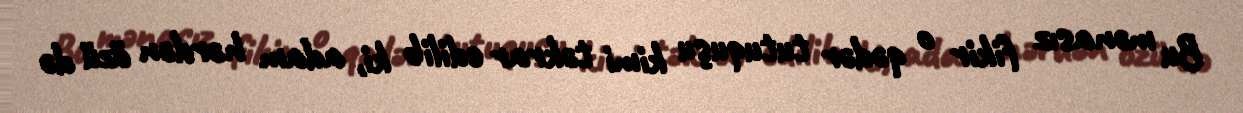
Bu mənasız fikir o qədər tutuquşu kimi təkrar edilib ki, adam hərdən özü də